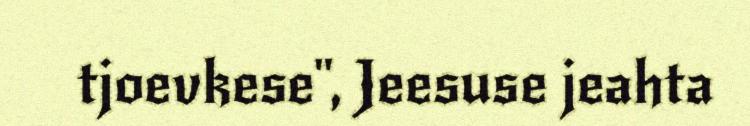
tjoevkese", Jeesuse jeahta